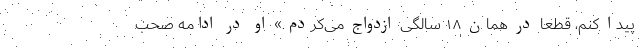
پیدا کنم، قطعاً در همان ۱۸ سالگی ازدواج می‌کردم.» او در ادامه صحب